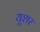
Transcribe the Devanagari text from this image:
यूशर